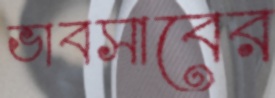
ভাবসাবের